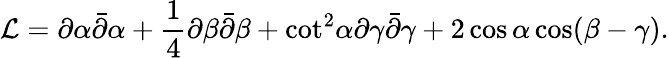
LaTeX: {\cal L}=\partial\alpha\bar{\partial}\alpha+{\frac{1}{4}}\partial\beta\bar{\partial}\beta+{\cot}^{2}\alpha\partial\gamma\bar{\partial}\gamma+2\cos\alpha\cos(\beta-\gamma).